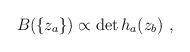
LaTeX: \begin{align*}B(\{ z_a \} ) \propto \det h_a(z_b)\ ,\end{align*}